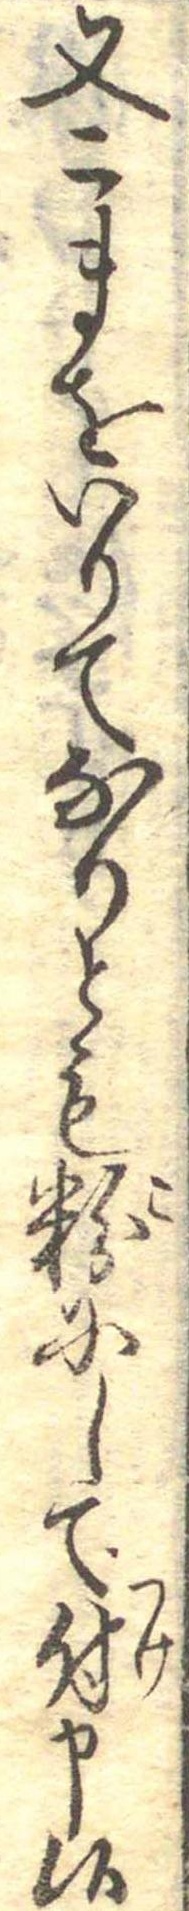
又こまをいりてなりとも粉にして付申候